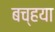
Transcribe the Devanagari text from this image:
बच्हया